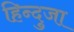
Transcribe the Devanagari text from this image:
हिन्दुजा